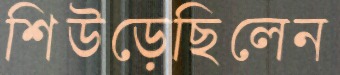
শিউড়েছিলেন